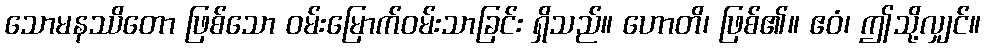
သောမနဿိတော ဖြစ်သော ဝမ်းမြောက်ဝမ်းသာခြင်း ရှိသည်။ ဟောတိ၊ ဖြစ်၏။ ဧဝံ၊ ဤသို့လျှင်။